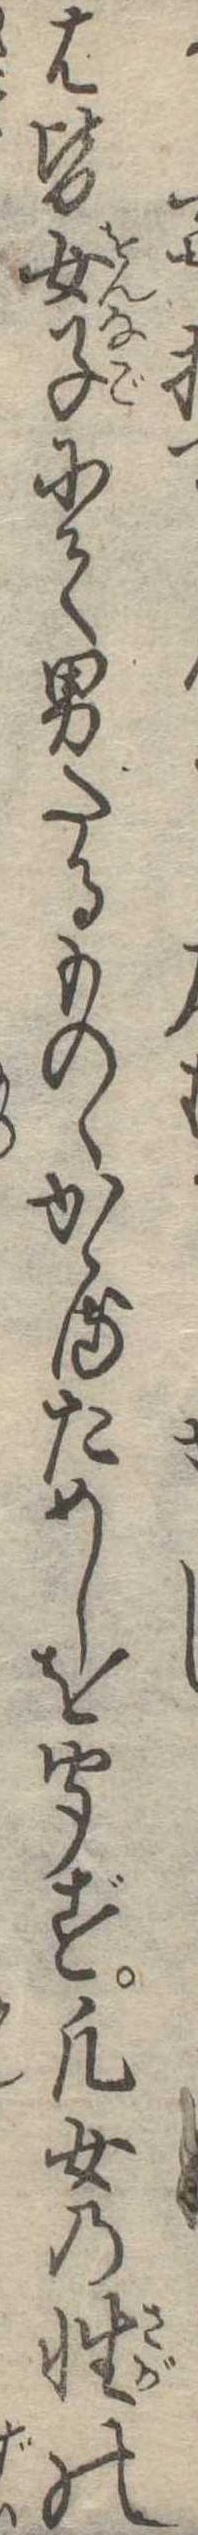
は皆女子にて男たるものゝかゝるためしを聞ず凡女の性の